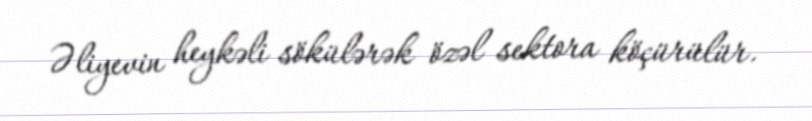
Əliyevin heykəli sökülərək özəl sektora köçürülür.